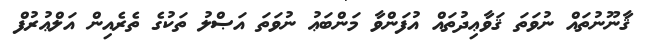
ޤާނޫނުތައް ނުވަތަ ޤަވާޢިދުތައް އުފަންވާ މަންބަޢު ނުވަތަ އަޞްލު ތަކުގެ ތެރެއިން އަލްޢުރުފް